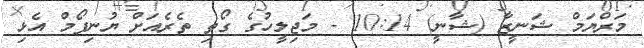
މަރްޔަމް ޝަނީޒާ (ޝާނީ) 10:14 - މަޖިލީހުގެ ގޯތި ތެރެއަށް ޔުނިފޯމް އެޅި